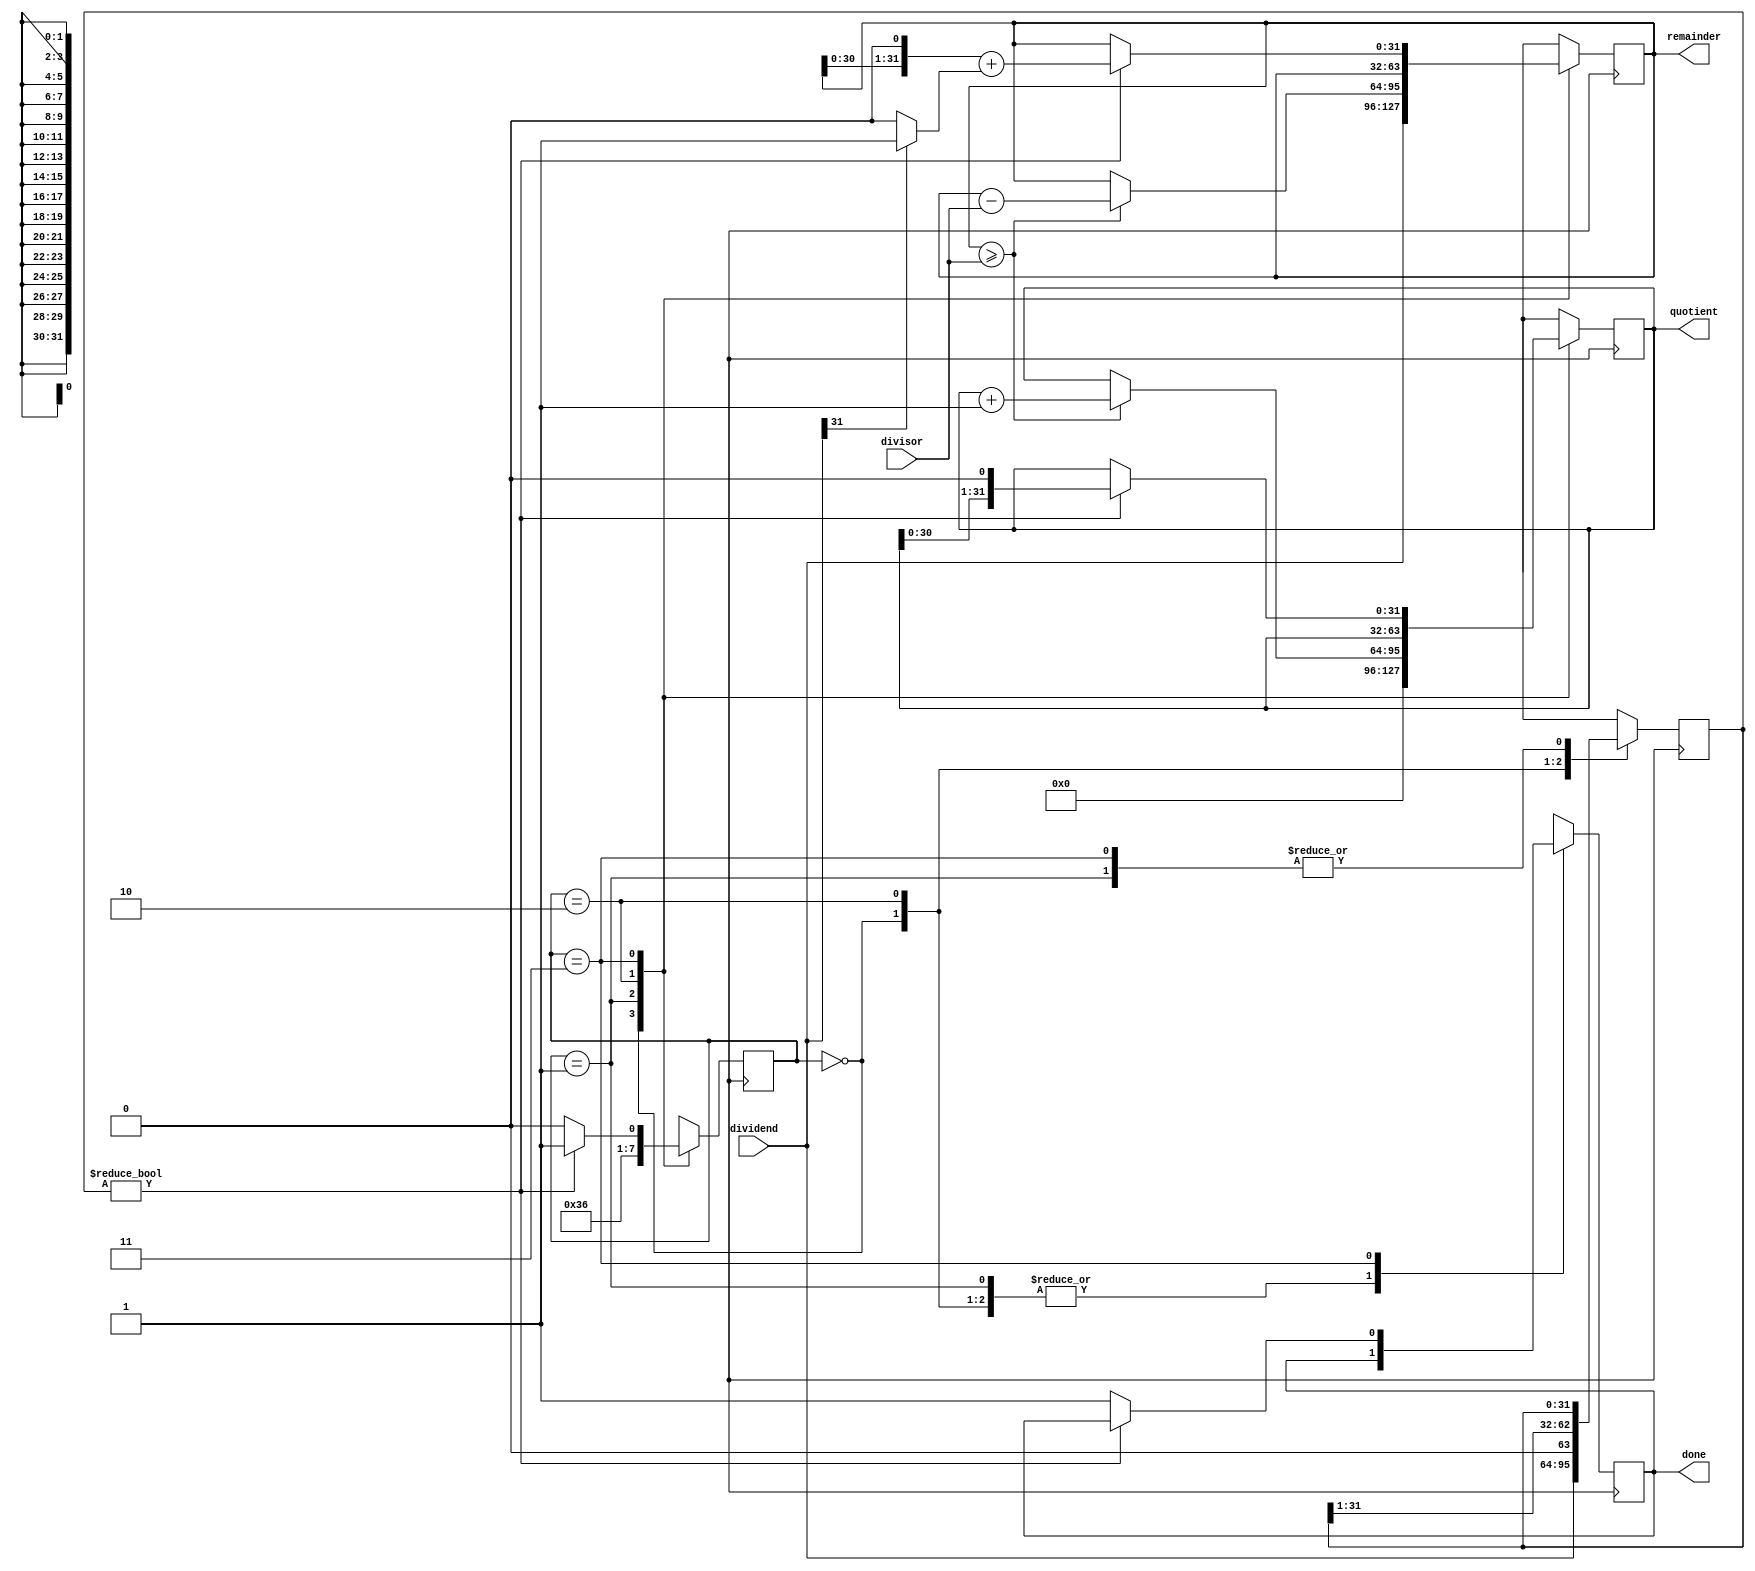
module Restoring_Divider (
    input wire [31:0] dividend,
    input wire [31:0] divisor,
    output reg [31:0] quotient,
    output reg [31:0] remainder,
    output reg done
);

reg [31:0] temp_dividend;
reg [31:0] temp_remainder;
reg [31:0] temp_quotient;
reg [1:0] state;

always @(posedge clk) begin
    case (state)
        2'b00: begin
            temp_dividend = dividend;
            temp_remainder = dividend;
            temp_quotient = 0;
            state = 2'b01;
        end
        2'b01: begin
            if (temp_remainder >= divisor) begin
                temp_remainder = temp_remainder - divisor;
                temp_quotient = temp_quotient + 1;
            end
            state = 2'b10;
        end
        2'b10: begin
            temp_dividend = temp_dividend >> 1;
            state = 2'b11;
        end
        2'b11: begin
            if (temp_dividend != 0) begin
                temp_remainder = (temp_remainder << 1) + (dividend[31] ? 1 : 0);
                temp_quotient = temp_quotient << 1;
                state = 2'b01;
            end else begin
                state = 2'b00;
                done = 1;
            end
        end
    endcase
end

assign quotient = temp_quotient;
assign remainder = temp_remainder;

endmodule